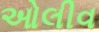
ઓલીવ